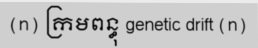
(n) ក្រមពន្ធុ genetic drift (n)